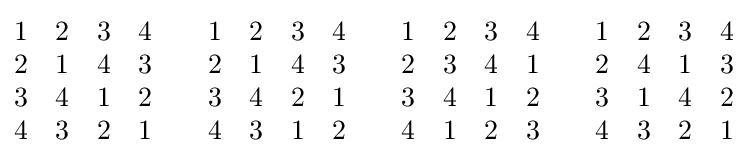
{\begin{matrix}1&2&3&4\\2&1&4&3\\3&4&1&2\\4&3&2&1\end{matrix}}\qquad {\begin{matrix}1&2&3&4\\2&1&4&3\\3&4&2&1\\4&3&1&2\end{matrix}}\qquad {\begin{matrix}1&2&3&4\\2&3&4&1\\3&4&1&2\\4&1&2&3\end{matrix}}\qquad {\begin{matrix}1&2&3&4\\2&4&1&3\\3&1&4&2\\4&3&2&1\end{matrix}}